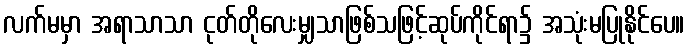
လက်မမှာ အရာသာသာ ငုတ်တိုလေးမျှသာဖြစ်သဖြင့်ဆုပ်ကိုင်ရာ၌ အသုံးမပြုနိုင်ပေ။